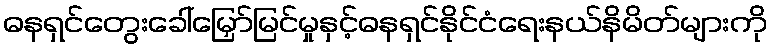
ဓနရှင်တွေးခေါ်မြှော်မြင်မှုနှင့်ဓနရှင်နိုင်ငံရေးနယ်နိမိတ်များကို